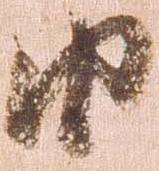
由